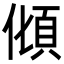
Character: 𩑭